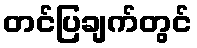
တင်ပြချက်တွင်